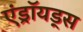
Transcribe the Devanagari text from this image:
एंड्रॉयड्स